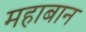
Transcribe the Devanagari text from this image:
महाबान